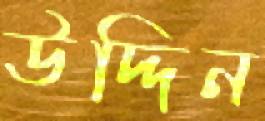
উদ্দিন